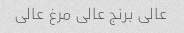
عالی برنج عالی مرغ عالی